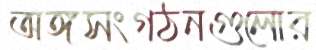
অঙ্গসংগঠনগুলোর